38_143685_box_Incident_Summaries_173-233
Agency: Department of War
Page 97
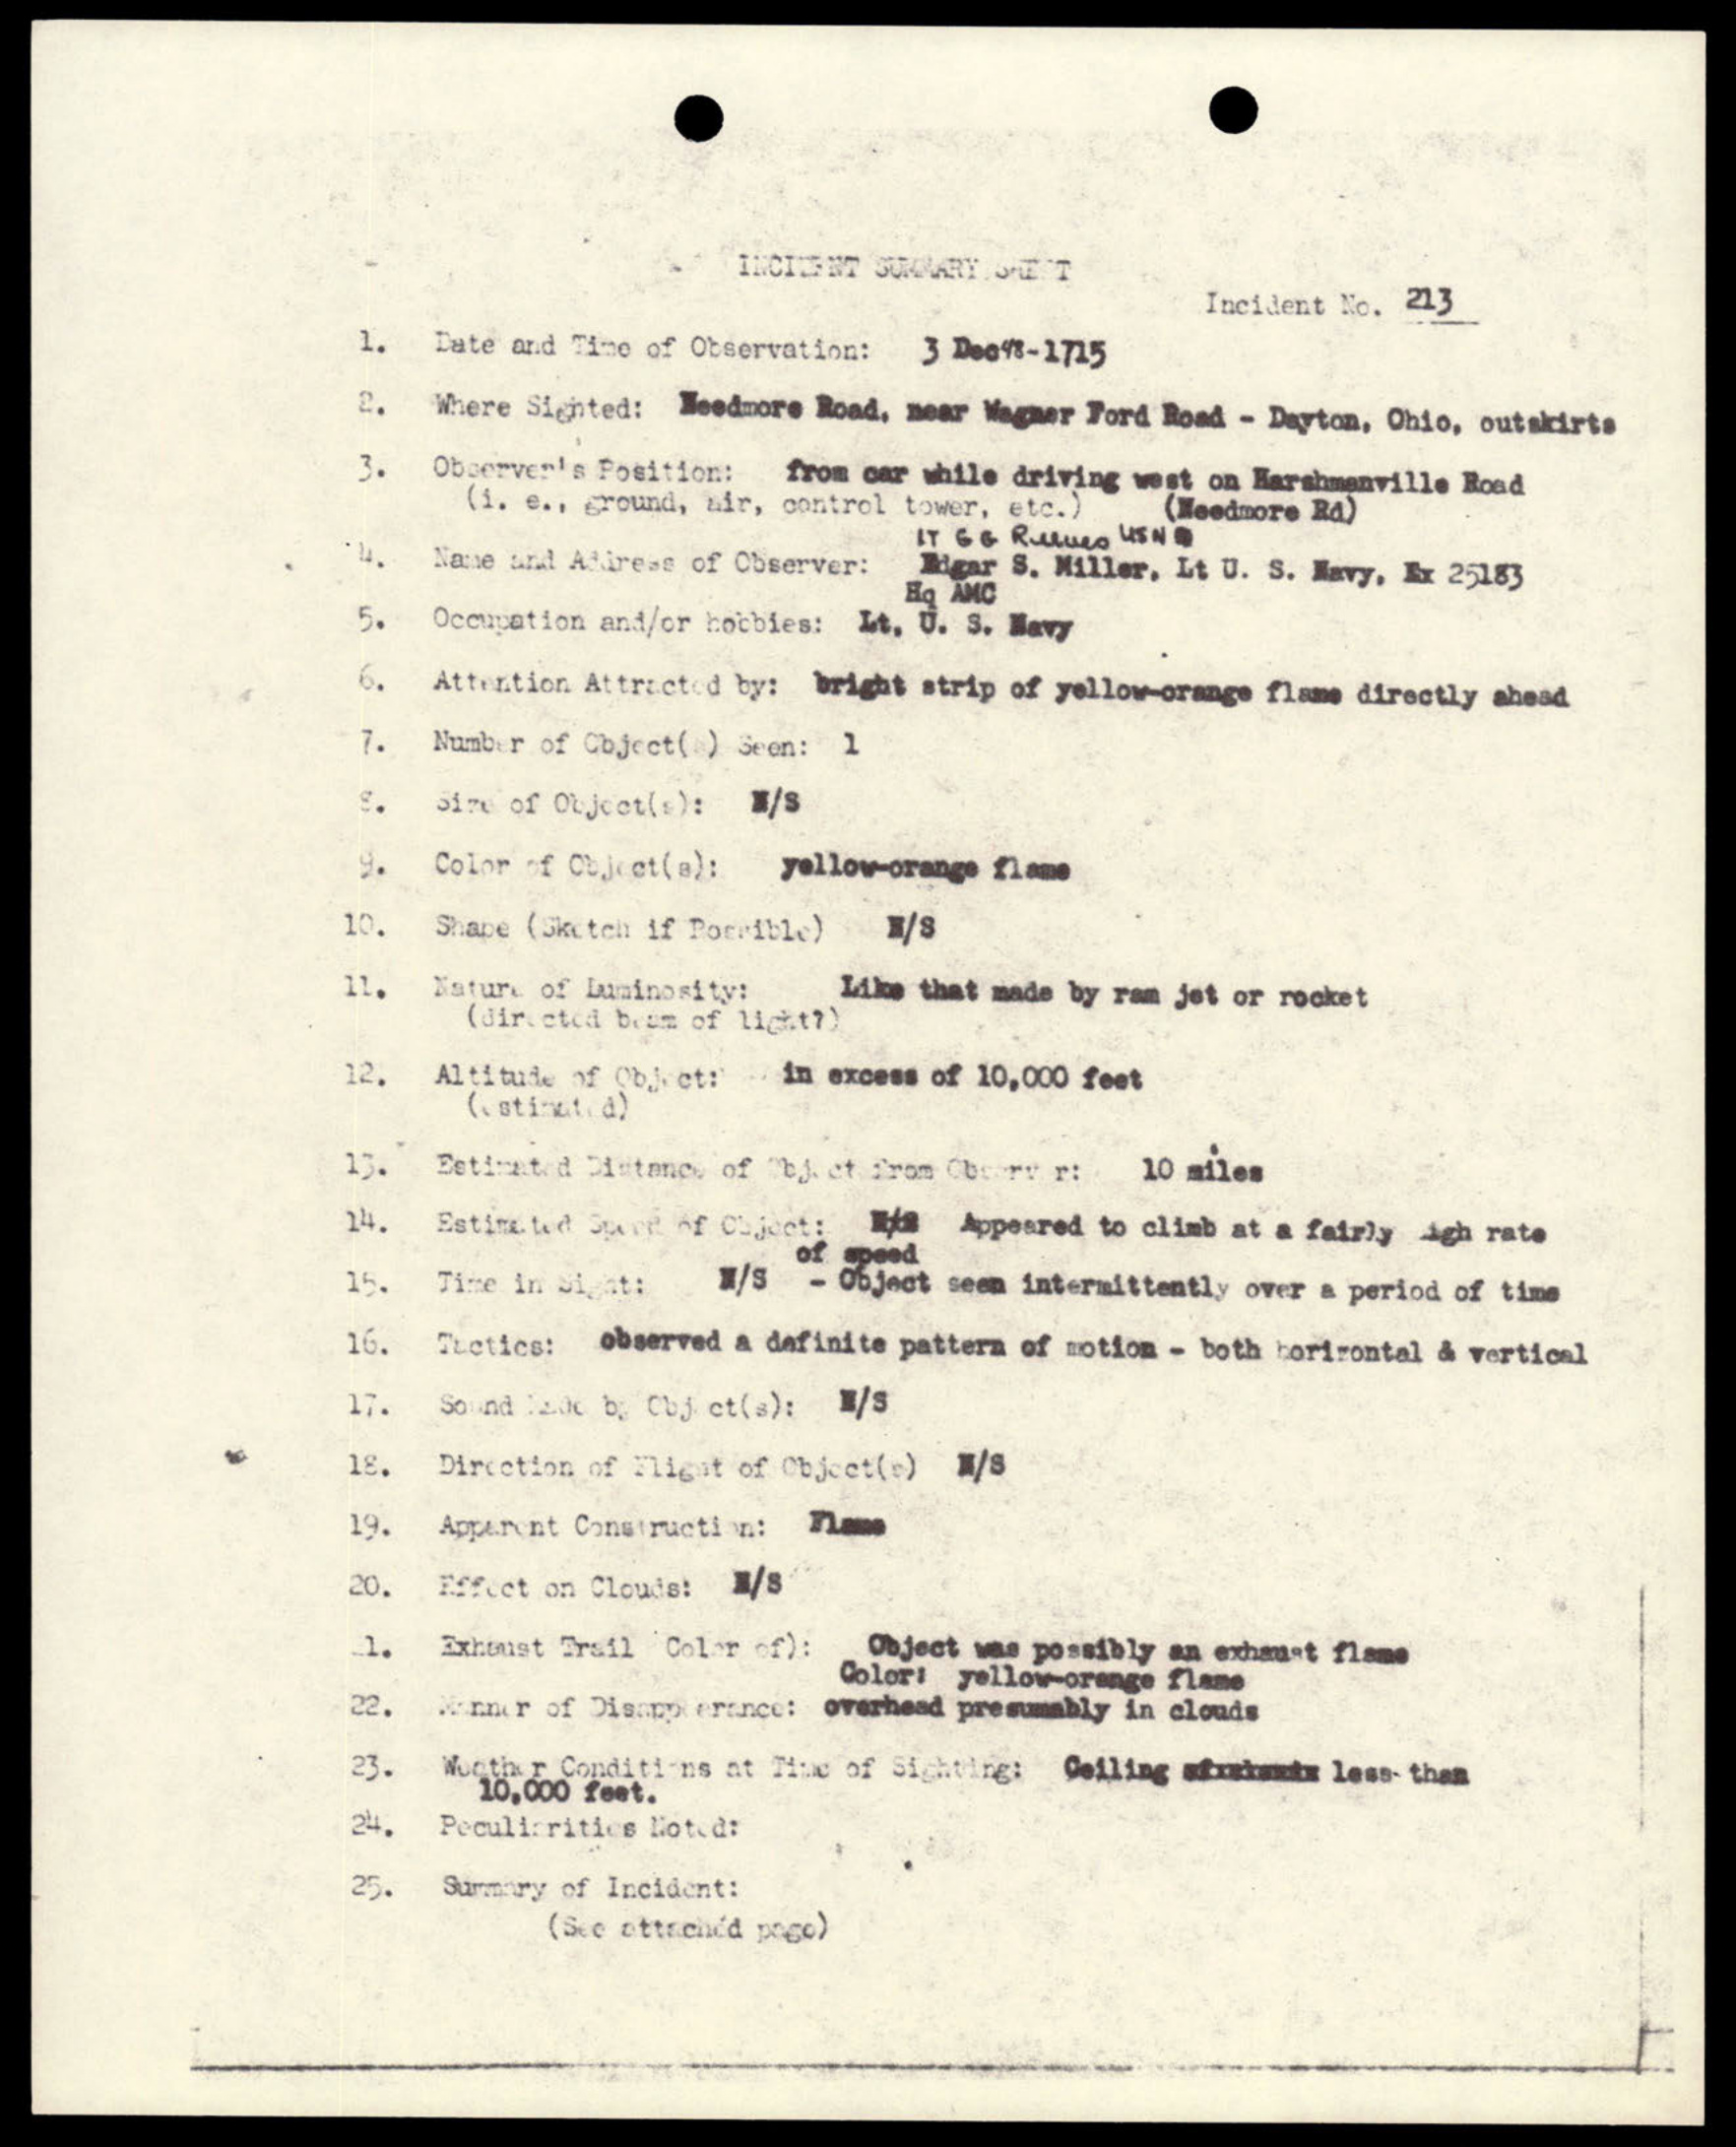